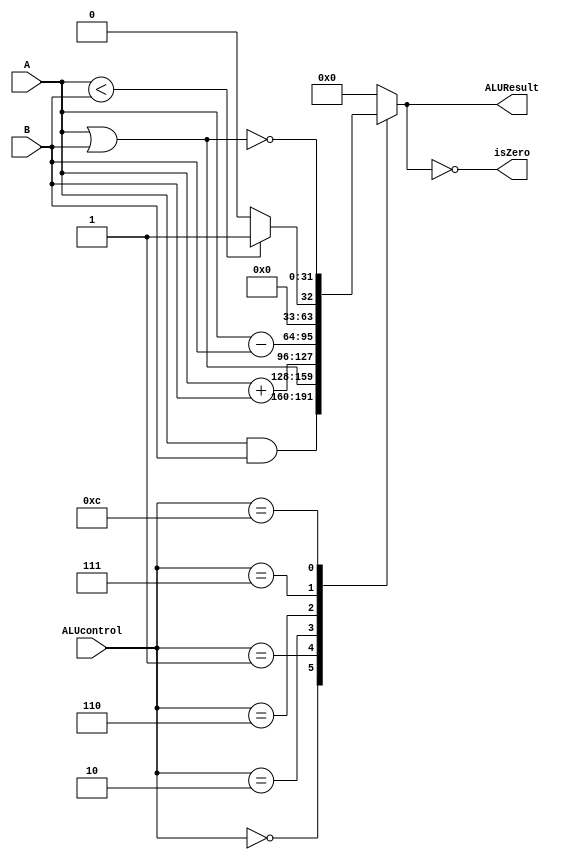
module ALU(ALUcontrol, A, B, isZero, ALUResult);
	input [3:0] ALUcontrol;
	input [31:0] A, B;
	output reg [31:0] ALUResult;
	output isZero;
	
	always @(ALUcontrol or A or B)
	begin 
		case (ALUcontrol)
			0: ALUResult <= A & B;
			1: ALUResult <= A | B;
			2: ALUResult <= A + B;
			6: ALUResult <= A - B;
			7: ALUResult <= A < B ? 1 : 0;
			12: ALUResult <= ~(A | B);
			default: ALUResult <= 0;
		endcase
	end
	
	assign isZero = (ALUResult == 0);
endmodule